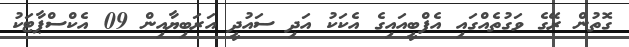
ގޮތުން ރޭގެ ވަގުތެއްގައި އެފްބީއައިގެ އެކަކު އަދި ސައުދީ އަރަބިޔާއިން 09 އެކްސްޕާޓަކު